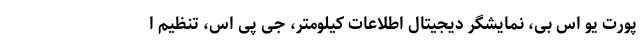
پورت یو اس بی، نمایشگر دیجیتال اطلاعات کیلومتر، جی پی اس، تنظیم ا